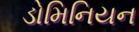
ડોમિનિયન